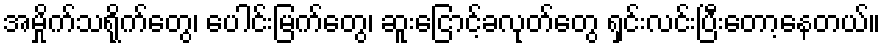
အမှိုက်သရိုက်တွေ၊ ပေါင်းမြက်တွေ၊ ဆူးငြောင့်ခလုတ်တွေ ရှင်းလင်းပြီးတော့နေတယ်။